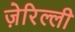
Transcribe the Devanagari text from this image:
ज़ेरिल्ली